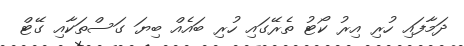
ދަމާފައި ހުރި އިރު ކޯޓު ތެރޭގައި ހުރި ބައެއް ބިޔަ ގަސްތަކާއި ގޭޓް